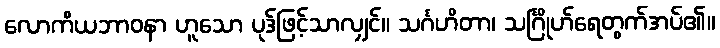
လောကိယဘာဝနာ ဟူသော ပုဒ်ဖြင့်သာလျှင်။ သင်္ဂဟိတာ၊ သင်္ဂြိုဟ်ရေတွက်အပ်၏။